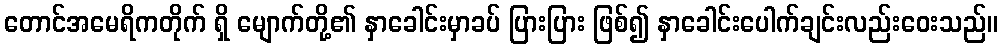
တောင်အမေရိကတိုက် ရှိ မျောက်တို့၏ နှာခေါင်းမှာခပ် ပြားပြား ဖြစ်၍ နှာခေါင်းပေါက်ချင်းလည်းဝေးသည်။